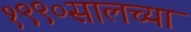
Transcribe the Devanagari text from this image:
१९९०सालच्या